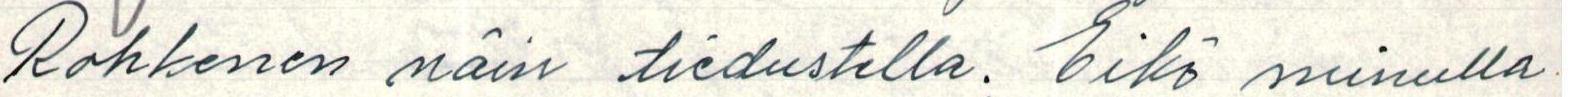
Rohkenen näin tiedustella. Eikö minulla